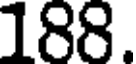
188.